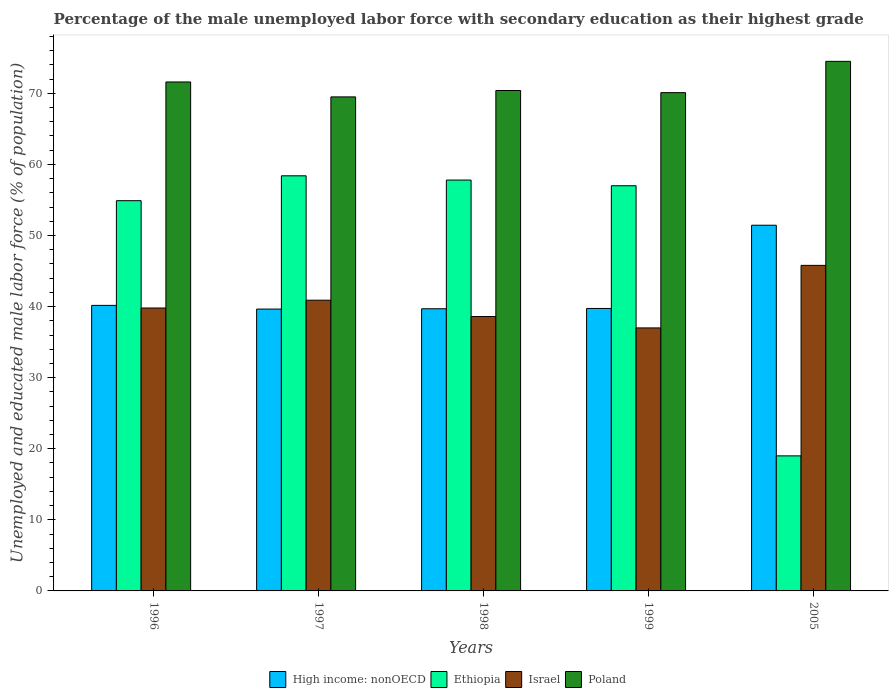
| Years | High income: nonOECD | Ethiopia | Israel | Poland |
 | --- | --- | --- | --- | --- |
 | 1996 | 40.2 | 54.9 | 39.8 | 71.6 |
 | 1997 | 39.7 | 58.4 | 40.9 | 69.5 |
 | 1998 | 39.7 | 57.8 | 38.6 | 70.4 |
 | 1999 | 39.7 | 57 | 37 | 70.1 |
 | 2005 | 51.4 | 19 | 45.8 | 74.5 |